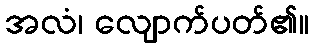
အလံ၊ လျောက်ပတ်၏။